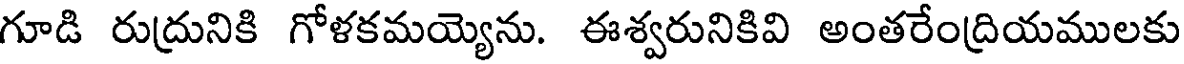
గూడి రుద్రునికి గోళకమయ్యెను. ఈశ్వరునికివి అంతరేంద్రియములకు